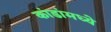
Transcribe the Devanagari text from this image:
कांडांमध्ये